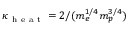
\kappa _ { \mathrm { ~ h ~ e ~ a ~ t ~ } } = 2 / ( m _ { e } ^ { 1 / 4 } m _ { p } ^ { 3 / 4 } )